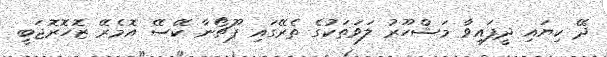
ދޭ ކިޔައި ދީފައިވާ މަޝްހޫރު ލަވަތަކުގެ ތެރޭގައި ޕޫޗޯނާ ކޭސޭ އޮމެރޭ ޒޮހޮރޮޖަބީ